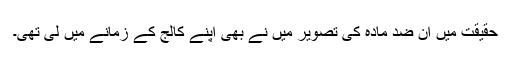
حقیقت میں ان ضد مادّہ کی تصویر میں نے بھی اپنے کالج کے زمانے میں لی تھی۔